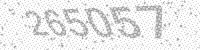
Solution: 265057